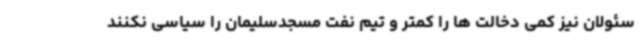
سئولان نیز کمی دخالت ها را کمتر و تیم نفت مسجدسلیمان را سیاسی نکنند